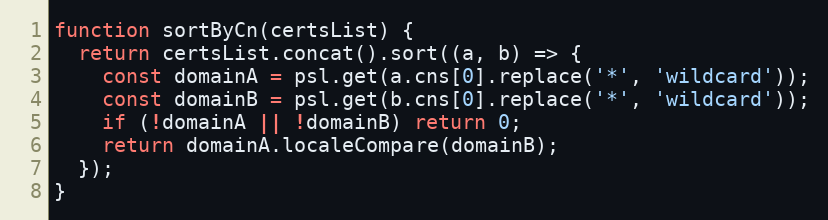
Language: JavaScript
function sortByCn(certsList) {
  return certsList.concat().sort((a, b) => {
    const domainA = psl.get(a.cns[0].replace('*', 'wildcard'));
    const domainB = psl.get(b.cns[0].replace('*', 'wildcard'));
    if (!domainA || !domainB) return 0;
    return domainA.localeCompare(domainB);
  });
}